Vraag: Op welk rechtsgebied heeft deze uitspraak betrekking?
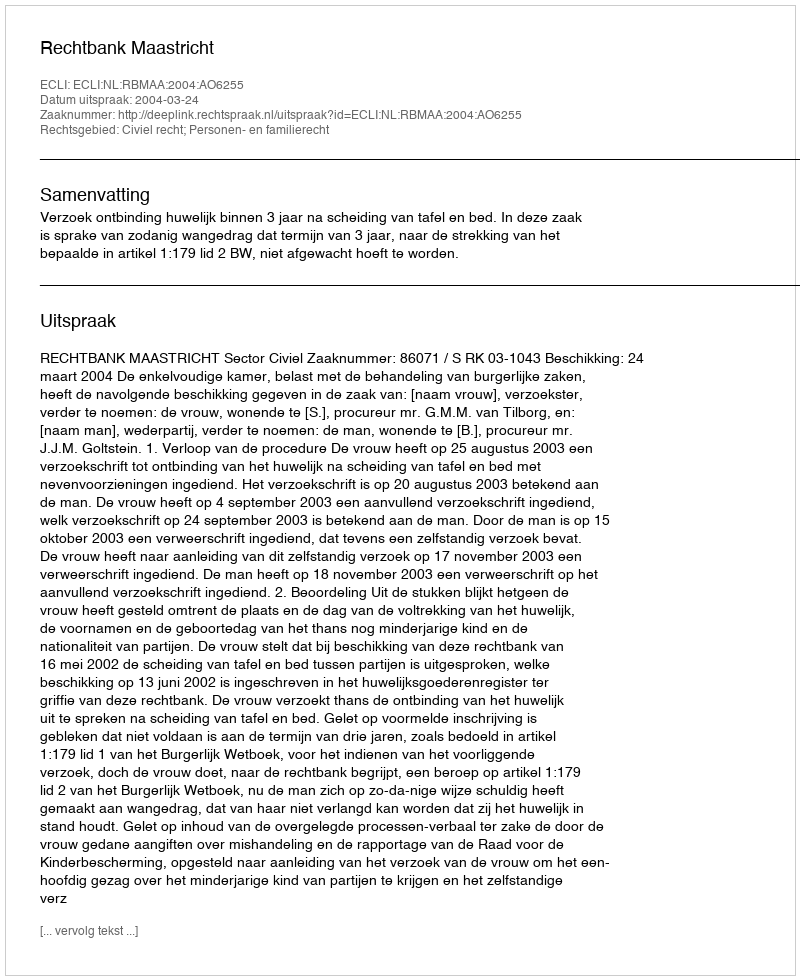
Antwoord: Civiel recht; Personen- en familierecht